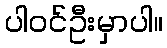
ပါဝင်ဦးမှာပါ။